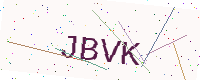
Text: JBVK